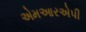
એમઆરએપી